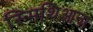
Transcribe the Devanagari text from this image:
स्मिथिआना